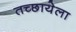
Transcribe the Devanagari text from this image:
तच्छायेला